Report on vaccination for the Province of Oudh 1872 -
Year: 1872
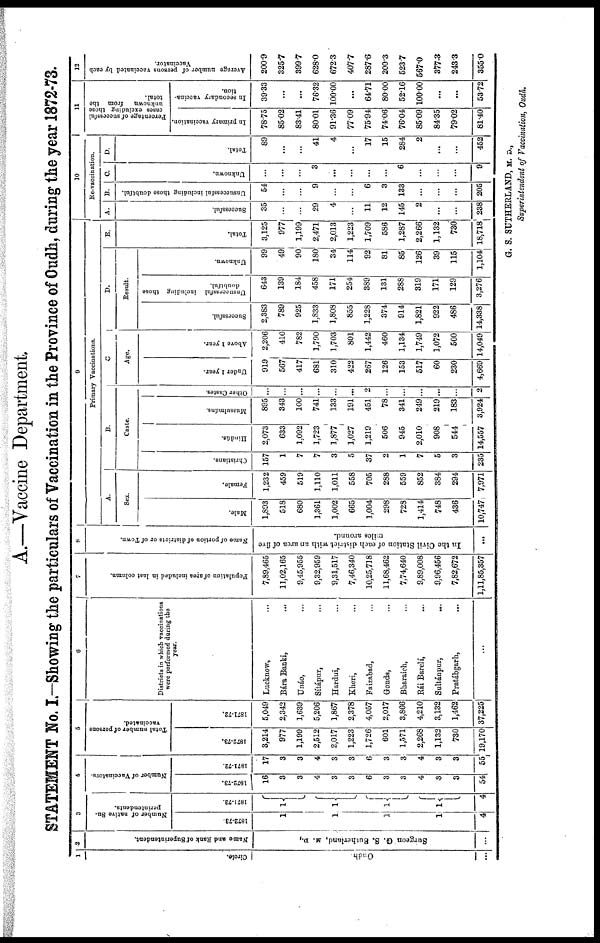
A.—Vaccine Department.
STATEMENT No. I.—Showing the particulars of Vaccination in the Province of Oudh, during the year 1872-73.
1
Circle.
Oudh
...
2
Name and Bank of Superintendent.
Surgeon G. S. Sutherland, M. D.,
...
3
Number of native Su¬
perintendents.
1872-73.
1
1
1
1
4
1871-72.
1
1
1
1
4
4
Number of Vaccinators.
1872-73.
16
3
3
4
3
3
6
3
3
4
3
3
54
1871-72.
17
3
3
4
3
3
6
3
3
4
3
3
55
5
Total number of persons
vaccinated.
1872-73.
3,214
977
1,199
2,512
2,017
1,223
1,726
601
1,571
2,268
1,132
730
19,170
1871-72.
5,049
2,342
1,639
5,206
1,867
2,378
4,057
2,017
3,866
4,210
3,132
1,462
37,225
6
Districts in which vaccinations
were performed during the
year.
Lucknow, ...
Bára Banki, ...
Unáo, ...
Sítápur, ...
Hardui, ...
Kheri, ...
Faizabad, ...
Gonda, ...
Bharaich, ...
Rái Barelí, ...
Sultánpur,
...
Pratábgarh, ...
...
7
Population of area included in last column.
7,89,465
11,02,165
9,45,955
9,32,959
9,31,517
7,46,340
10,25,718
11,68,462
7,74,640
9,89,008
9,96,456
7,82,672
1,11,85,357
8
Name of portion of districts or of Town.
In the Civil Station of each district with an area of five
miles around.
...
9
Primary Vaccinations.
A.
Sex.
Male.
1,893
518
680
1,361
1,002
665
1,004
298
728
1,414
748
436
10,747
Female.
1,232
459
519
1,110
1,011
558
705
288
559
852
384
294
7,971
B.
C.
Caste.
Christians.
157
1
7
7
3
5
37
2
1
7
5
3
235
Hindús.
2,073
633
1,092
1,723
1,877
1,027
1,219
506
945
2,010
908
544
14,557
Mussulmáns.
895
343
100
741
133
191
451
78
341
249
219
183
3,924
Other Castes.
...
...
...
...
...
...
2
...
...
...
...
...
2
Age.
Under 1 year.
919
567
417
681
310
422
267
126
153
517
60
230
4,669
Above 1 year.
2,206
410
782
1,790
1,703
801
1,442
460
1,134
1,749
1,072
500
14,049
D.
Result.
Successful.
2,383
789
925
1,833
1,808
855
1,228
374
914
1,821
922
486
14,338
Unsuccessful including those
doubtful.
643
139
184
458
171
254
389
131
288
319
171
129
3,276
Unknown.
99
49
90
180
34
114
92
81
85
126
39
115
1,104
E.
Total.
3,125
977
1,199
2,471
2,013
1,223
1,709
586
1,287
2,266
1,132
730
18,718
10
Re-vaccination.
A.
Successful.
35
...
...
29
4
...
11
12
145
2
...
...
238
B.
Unsuccessful including those doubtful.
54
...
...
9
...
...
6
3
133
...
...
...
205
C.
Unknown.
...
...
...
3
...
...
...
...
6
...
...
...
9
D.
Total.
89
...
...
41
4
...
17
15
284
2
...
...
452
11
Percentage of successful
cases excluding those
unknown
from the
total.
In primary vaccination.
78.75
85.02
83.41
80.01
91.36
77.09
75.94
74.06
76.04
85.09
84.35
79.02
81.40
In secondary vaccina-
tion.
39.33
...
...
76.32
100.00
...
64.71
80.00
52.16
100.00
...
...
53.72
12
Average number of persons vaccinated by each
Vaccinator.
200.9
325.7
399.7
628.0
672.3
407.7
287.6
200.3
523.7
567.0
377.3
243.3
355.0
G. S. SUTHERLAND, M. D.,
Superintendent of Vaccination, Oudh.